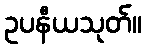
ဥပနီယသုတ်။